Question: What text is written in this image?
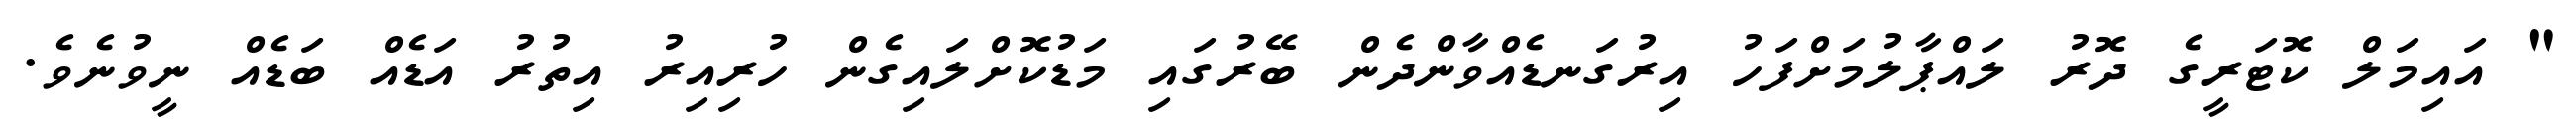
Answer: " އައިމަލް ކޮޓަރީގެ ދޮރު ލައްޕާލުމަށްފަހު އިރުގަނޑެއްވާންދެން ބޭރުގައި މަޑުކޮށްލައިގެން ހުރިއިރު އިތުރު އަޑެއް ބަޑެއް ނީވުނެވެ.